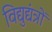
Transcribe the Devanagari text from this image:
विद्युद्यंत्रों